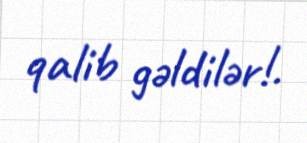
qalib gəldilər!.